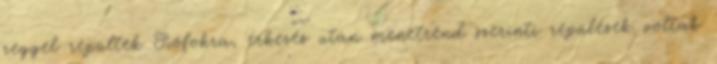
reggel repültek Siófokra, érkezés után menetrend szerinti repülések voltak